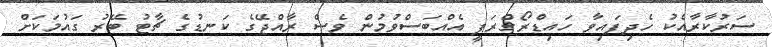
ސަރުކާރާއެކު ހެދިފައިވާ ހައިޑްރޯގްރަފީ އެއްބަސްވުމުން ވެސް ރާއްޖޭގެ ކަނޑުގެ ޗާޓު ބޭރު ގައުމަކަށް